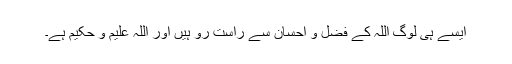
ایسے ہی لوگ اللہ کے فضل و احسان سے راست رو ہیں اور اللہ علیم و حکیم ہے۔